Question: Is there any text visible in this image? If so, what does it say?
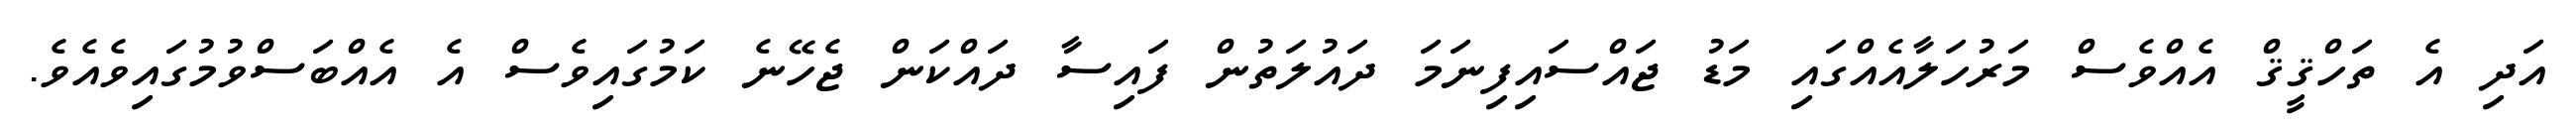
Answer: އަދި އެ ތަހްޤީޤް އެއްވެސް މަރުހަލާއެއްގައި މަޑު ޖައްސައިފިނަމަ ދައުލަތުން ފައިސާ ދައްކަން ޖެހޭނެ ކަމުގައިވެސް އެ އެއްބަސްވުމުގައިވެއެވެ.